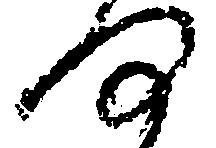
何